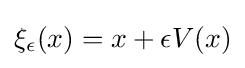
\xi _{\epsilon }(x)=x+\epsilon V(x)